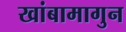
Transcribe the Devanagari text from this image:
खांबामागुन